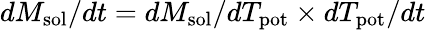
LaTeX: dM_{\mathrm{sol}}/dt=dM_{\mathrm{sol}}/dT_{\mathrm{pot}}\times dT_{\mathrm{pot}}/dt